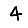
Digit: 4